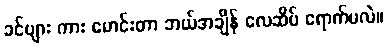
ခင်ဗျား ကား မောင်းတာ ဘယ်အချိန် လေဆိပ် ရောက်မလဲ။